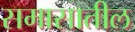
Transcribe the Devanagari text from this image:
समासातील